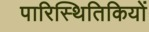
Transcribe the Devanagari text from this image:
पारिस्थितिकियों